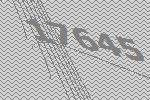
17645